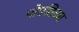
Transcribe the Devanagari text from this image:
पोएतिका